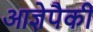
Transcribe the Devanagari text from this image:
आज्ञेपैकी